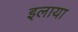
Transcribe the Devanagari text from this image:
इलाया